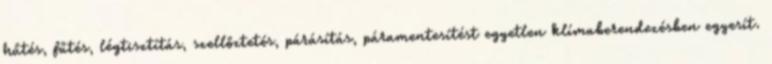
hűtés, fűtés, légtisztítás, szellőztetés, párásítás, páramentesítést egyetlen klímaberendezésben egyesít.